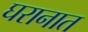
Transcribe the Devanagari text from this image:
घरानात